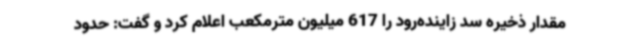
مقدار ذخیره سد زاینده‌رود را 617 میلیون مترمکعب اعلام کرد و گفت: حدود